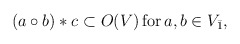
\begin{align*}(a \circ b) * c \subset O(V)\,\mbox{for} \, a,b \in V_{\bar{1}},\end{align*}